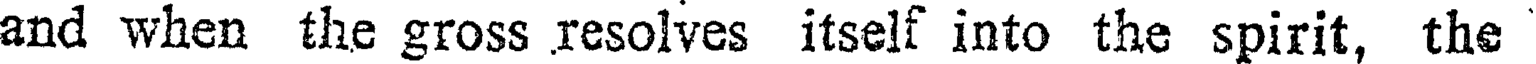
and when the gross resolves itself into the spirit, the